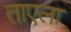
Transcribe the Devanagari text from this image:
ताएला